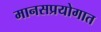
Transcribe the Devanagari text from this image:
मानसप्रयोगात